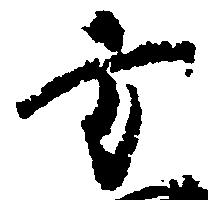
方